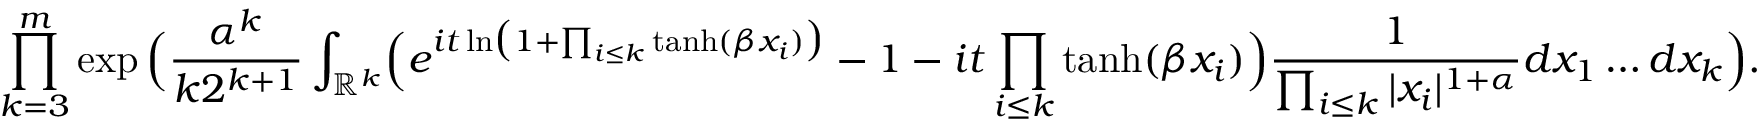
\prod _ { k = 3 } ^ { m } \exp \Big ( \frac { \alpha ^ { k } } { k 2 ^ { k + 1 } } \int _ { \mathbb { R } ^ { k } } \Bigl ( e ^ { i t \ln \bigl ( 1 + \prod _ { i \leq k } \operatorname { t a n h } ( \beta x _ { i } ) \bigr ) } - 1 - i t \prod _ { i \leq k } \operatorname { t a n h } ( \beta x _ { i } ) \Bigr ) \frac { 1 } { \prod _ { i \leq k } | x _ { i } | ^ { 1 + \alpha } } d x _ { 1 } \dots d x _ { k } \Big ) .